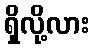
ရှိလို့လား